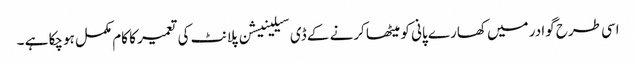
اسی طرح گوادر میں کھارے پانی کو میٹھا کرنے کے ڈی سیلینیشن پلانٹ کی تعمیر کا کام مکمل ہوچکا ہے ۔